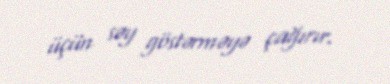
üçün səy göstərməyə çağırır.